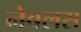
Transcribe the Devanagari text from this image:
नेबलस